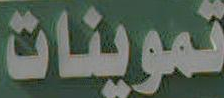
تموينات